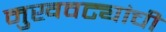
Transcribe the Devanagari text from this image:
मुखवट्यांची